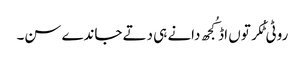
روٹی ٹُکر توں اڈ کُجھ دانے ہی دتے جاندے سن۔